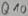
Text: Q10